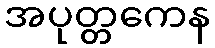
အပုတ္တကေန